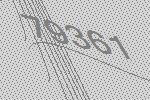
79361